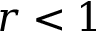
r < 1